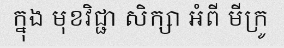
ក្នុង មុខវិជ្ជា សិក្សា អំពី មីក្រូ